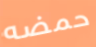
حمضه